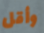
وأقل